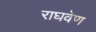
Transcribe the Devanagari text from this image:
राघवेण